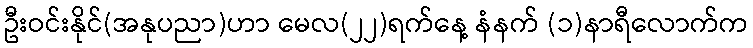
ဦးဝင်းနိုင်(အနုပညာ)ဟာ မေလ(၂၂)ရက်နေ့ နံနက် (၁)နာရီလောက်က